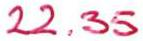
22.35